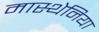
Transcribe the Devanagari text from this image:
मास्थेनिया